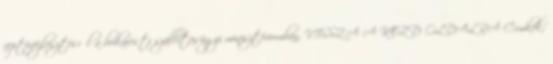
reptérfejlesztésről a bukaresti szállításügyi minisztériumban. VISSZA A KEZDŐOLDALRA Címkék: